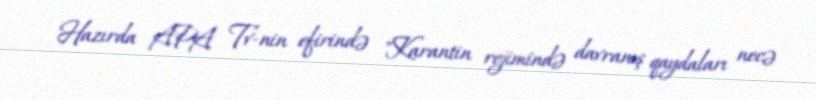
Hazırda APA Tv-nin efirində "Karantin rejimində davranış qaydaları necə